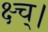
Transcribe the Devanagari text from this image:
क्ष्च्।